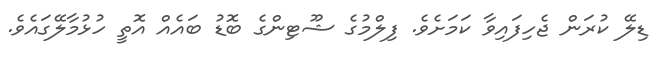
ޑިލޭ ކުރަން ޖެހިފައިވާ ކަމަށެވެ. ފިލްމުގެ ޝޫޓިންގެ ބޮޑު ބައެއް އޮތީ ހުޅުމާލޭގައެވެ.